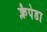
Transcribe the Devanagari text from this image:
क्लैपेडा